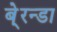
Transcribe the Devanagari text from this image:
बे्रन्डा